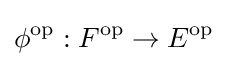
\phi ^{\text{op}}:F^{\text{op}}\to E^{\text{op}}